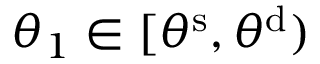
\theta _ { 1 } \in [ \theta ^ { \mathrm { s } } , \theta ^ { \mathrm { d } } )